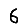
Digit: 6